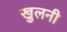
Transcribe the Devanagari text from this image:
खुलनी